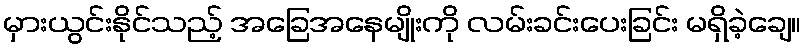
မှားယွင်းနိုင်သည့် အခြေအနေမျိုးကို လမ်းခင်းပေးခြင်း မရှိခဲ့ချေ။